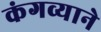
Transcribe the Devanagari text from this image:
कंगव्याने